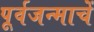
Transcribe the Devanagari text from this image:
पूर्वजन्माचें